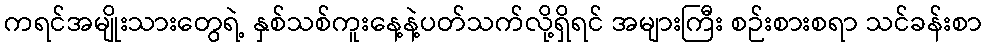
ကရင်အမျိုးသားတွေရဲ့ နှစ်သစ်ကူးနေ့နဲ့ပတ်သက်လို့ရှိရင် အများကြီး စဉ်းစားစရာ သင်ခန်းစာ